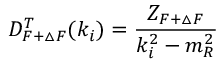
D _ { F + \triangle F } ^ { T } ( k _ { i } ) = \frac { Z _ { F + \triangle F } } { k _ { i } ^ { 2 } - m _ { R } ^ { 2 } }